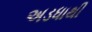
અડધાથી